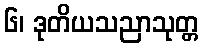
၆၊ ဒုတိယသညာသုတ္တ